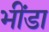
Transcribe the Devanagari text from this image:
भींडा